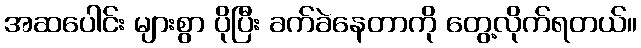
အဆပေါင်း များစွာ ပိုပြီး ခက်ခဲနေတာကို တွေ့လိုက်ရတယ်။